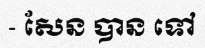
- សែន បាន ទៅ